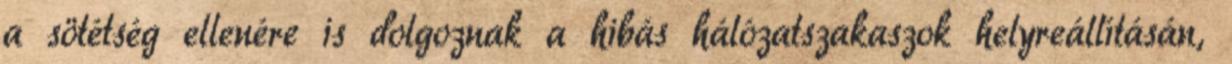
a sötétség ellenére is dolgoznak a hibás hálózatszakaszok helyreállításán,